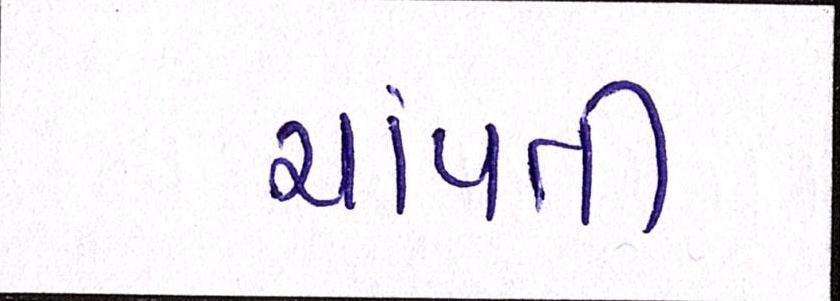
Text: ચાંપતી